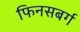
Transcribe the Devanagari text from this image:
फिनसबर्ग